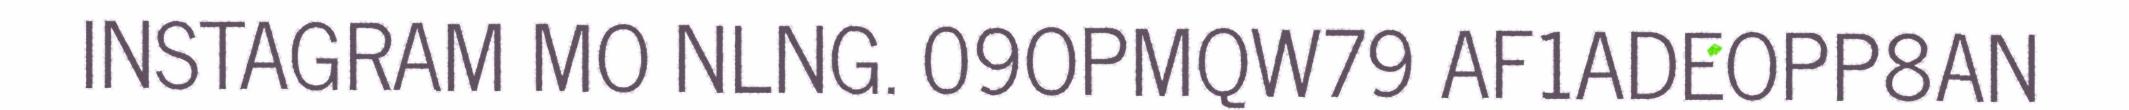
INSTAGRAM MO NLNG. 09OPMQW79 AF1ADEOPP8AN